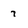
Character: 7